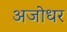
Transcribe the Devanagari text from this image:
अजोधर